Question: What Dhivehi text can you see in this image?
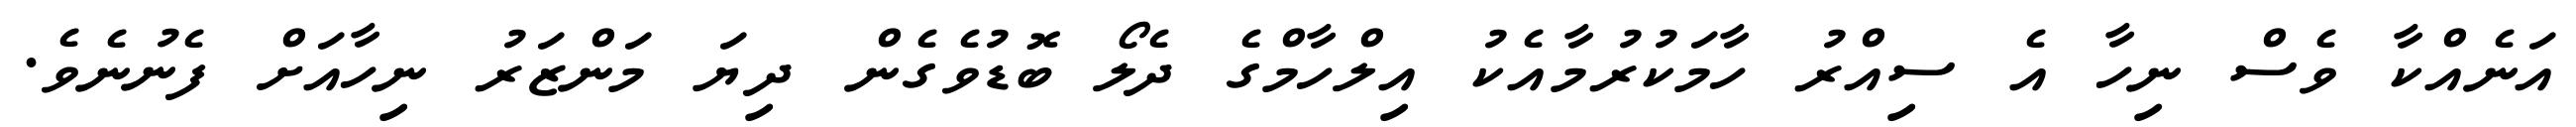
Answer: އަނެއްކާ ވެސް ނިހާ އެ ސިއްރު ހާމަކުރުމާއެކު އިލްހާމްގެ ދެލޯ ބޮޑުވެގެން ދިޔަ މަންޒަރު ނިހާއަށް ފެނުނެވެ.